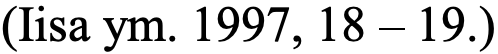
(Iisa ym. 1997, 18 – 19.)